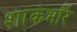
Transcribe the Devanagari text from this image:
शाकंभरि